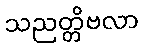
သညတ္တိဗလာ